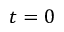
t = 0